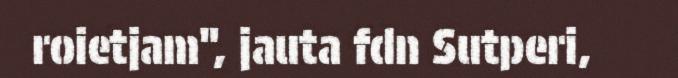
roietjam", jauta fdn Sutperi,